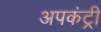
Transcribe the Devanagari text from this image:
अपकंट्री